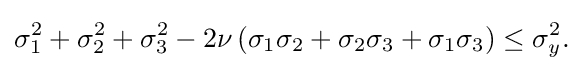
\sigma _{1}^{2}+\sigma _{2}^{2}+\sigma _{3}^{2}-2\nu \left(\sigma _{1}\sigma _{2}+\sigma _{2}\sigma _{3}+\sigma _{1}\sigma _{3}\right)\leq \sigma _{y}^{2}.\,\!